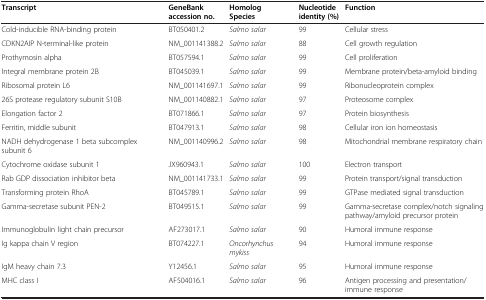
| Transcript | GeneBank accession no. | Homolog Species | Nucleotide identity (%) | Function |
 | --- | --- | --- | --- | --- |
 | Cold-inducible RNA-binding protein | BT050401.2 | Salmo salar | 99 | Cellular stress |
 | CDKN2AIP N-terminal-like protein | NM_001141388.2 | Salmo salar | 88 | Cell growth regulation |
 | Prothymosin alpha | BT057594.1 | Salmo salar | 99 | Cell proliferation |
 | Integral membrane protein 2B | BT045039.1 | Salmo salar | 99 | Membrane protein/beta-amyloid binding |
 | Ribosomal protein L6 | NM_001141697.1 | Salmo salar | 99 | Ribonucleoprotein complex |
 | 26S protease regulatory subunit S10B | NM_001140882.1 | Salmo salar | 97 | Proteosome complex |
 | Elongation factor 2 | BT071866.1 | Salmo salar | 97 | Protein biosynthesis |
 | Ferritin, middle subunit | BT047913.1 | Salmo salar | 98 | Cellular iron ion homeostasis |
 | NADH dehydrogenase 1 beta subcomplex subunit 6 | NM_001140996.2 | Salmo salar | 98 | Mitochondrial membrane respiratory chain |
 | Cytochrome oxidase subunit 1 | JX960943.1 | Salmo salar | 100 | Electron transport |
 | Rab GDP dissociation inhibitor beta | NM_001141733.1 | Salmo salar | 99 | Protein transport/signal transduction |
 | Transforming protein RhoA | BT045789.1 | Salmo salar | 99 | GTPase mediated signal transduction |
 | Gamma-secretase subunit PEN-2 | BT049515.1 | Salmo salar | 99 | Gamma-secretase complex/notch signaling pathway/amyloid precursor protein |
 | Immunoglobulin light chain precursor | AF273017.1 | Salmo salar | 90 | Humoral immune response |
 | Ig kappa chain V region | BT074227.1 | Oncorhynchus mykiss | 94 | Humoral immune response |
 | IgM heavy chain 7.3 | Y12456.1 | Salmo salar | 95 | Humoral immune response |
 | MHC class I | AF504016.1 | Salmo salar | 96 | Antigen processing and presentation/immune response |